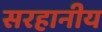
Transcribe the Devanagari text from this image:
सरहानीय